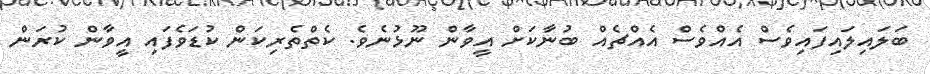
ބަލައިލައިފައިވެސް އެއްވެސް އެއްޗެއް ބުނާކަށް އީވާން ނޫޅުނެވެ. ކެތްތެރިކަން ކުޑަވެފައި އީވާން ކުރަން